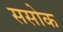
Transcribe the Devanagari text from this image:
ससोक